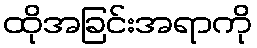
ထိုအခြင်းအရာကို